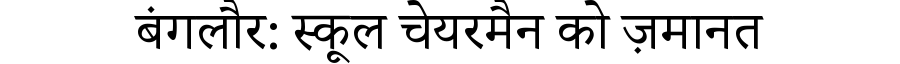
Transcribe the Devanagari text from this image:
बंगलौर: स्कूल चेयरमैन को ज़मानत